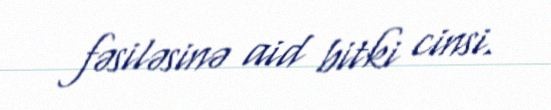
fəsiləsinə aid bitki cinsi.